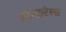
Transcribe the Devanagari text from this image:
कॉन्फ़रेन्स